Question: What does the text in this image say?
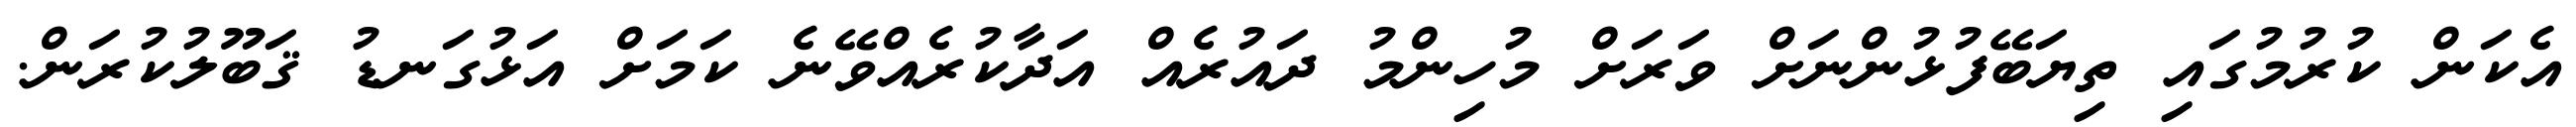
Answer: އެކަން ކުރުމުގައި ތިޔަބޭފުޅުންނަށް ވަރަށް މުހިންމު ދައުރެއް އަދާކުރެއްވޭނެ ކަމަށް އަޅުގަނޑު ޤަބޫލުކުރަން.